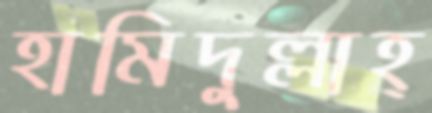
হামিদুল্লাহ্